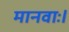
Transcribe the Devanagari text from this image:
मानवाः।